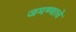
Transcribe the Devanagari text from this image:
जमण्याचे